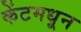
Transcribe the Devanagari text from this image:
केंटमधून